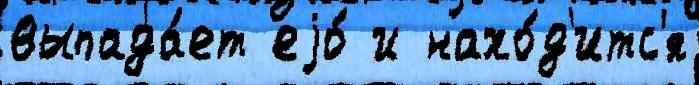
выпада́ет еjо́ и нахо́д'итс'я